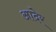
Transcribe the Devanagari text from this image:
आदेर